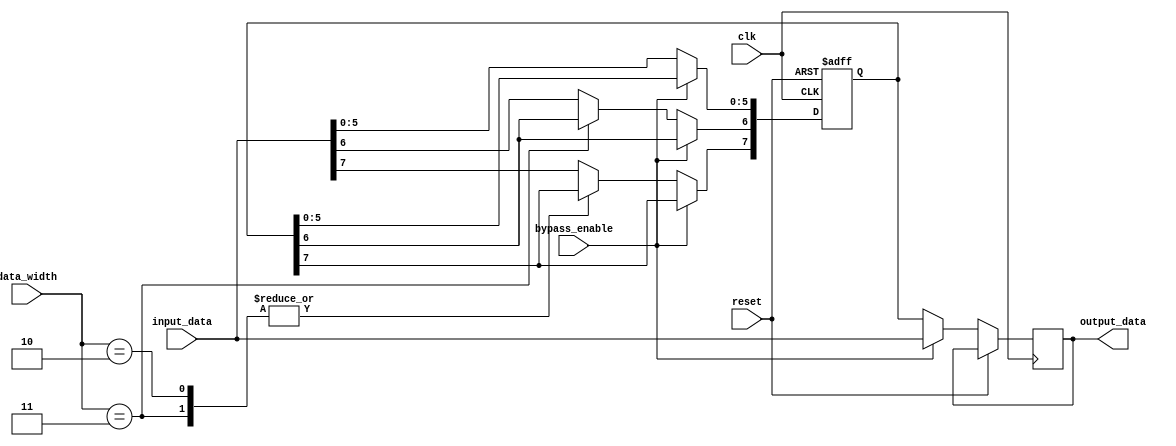
module variable_width_bypass_register (
    input wire clk,
    input wire reset,
    input wire bypass_enable,
    input wire [7:0] input_data,
    input wire [2:0] data_width,
    output reg [7:0] output_data
);

reg [7:0] storage_reg;

always @(posedge clk or posedge reset) begin
    if (reset) begin
        storage_reg <= 8'h00;
    end else begin
        if (bypass_enable) begin
            output_data <= input_data;
        end else begin
            case(data_width)
                3'b000: storage_reg <= input_data;
                3'b001: storage_reg[7:0] <= input_data[7:0];
                3'b010: storage_reg[6:0] <= input_data[6:0];
                3'b011: storage_reg[5:0] <= input_data[5:0];
                default: storage_reg <= input_data;
            endcase
            output_data <= storage_reg;
        end
    end
end

endmodule